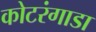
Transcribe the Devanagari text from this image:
कोटरंगाडा